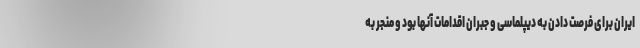
ایران برای فرصت دادن به دیپلماسی و جبران اقدامات آنها بود و منجر به